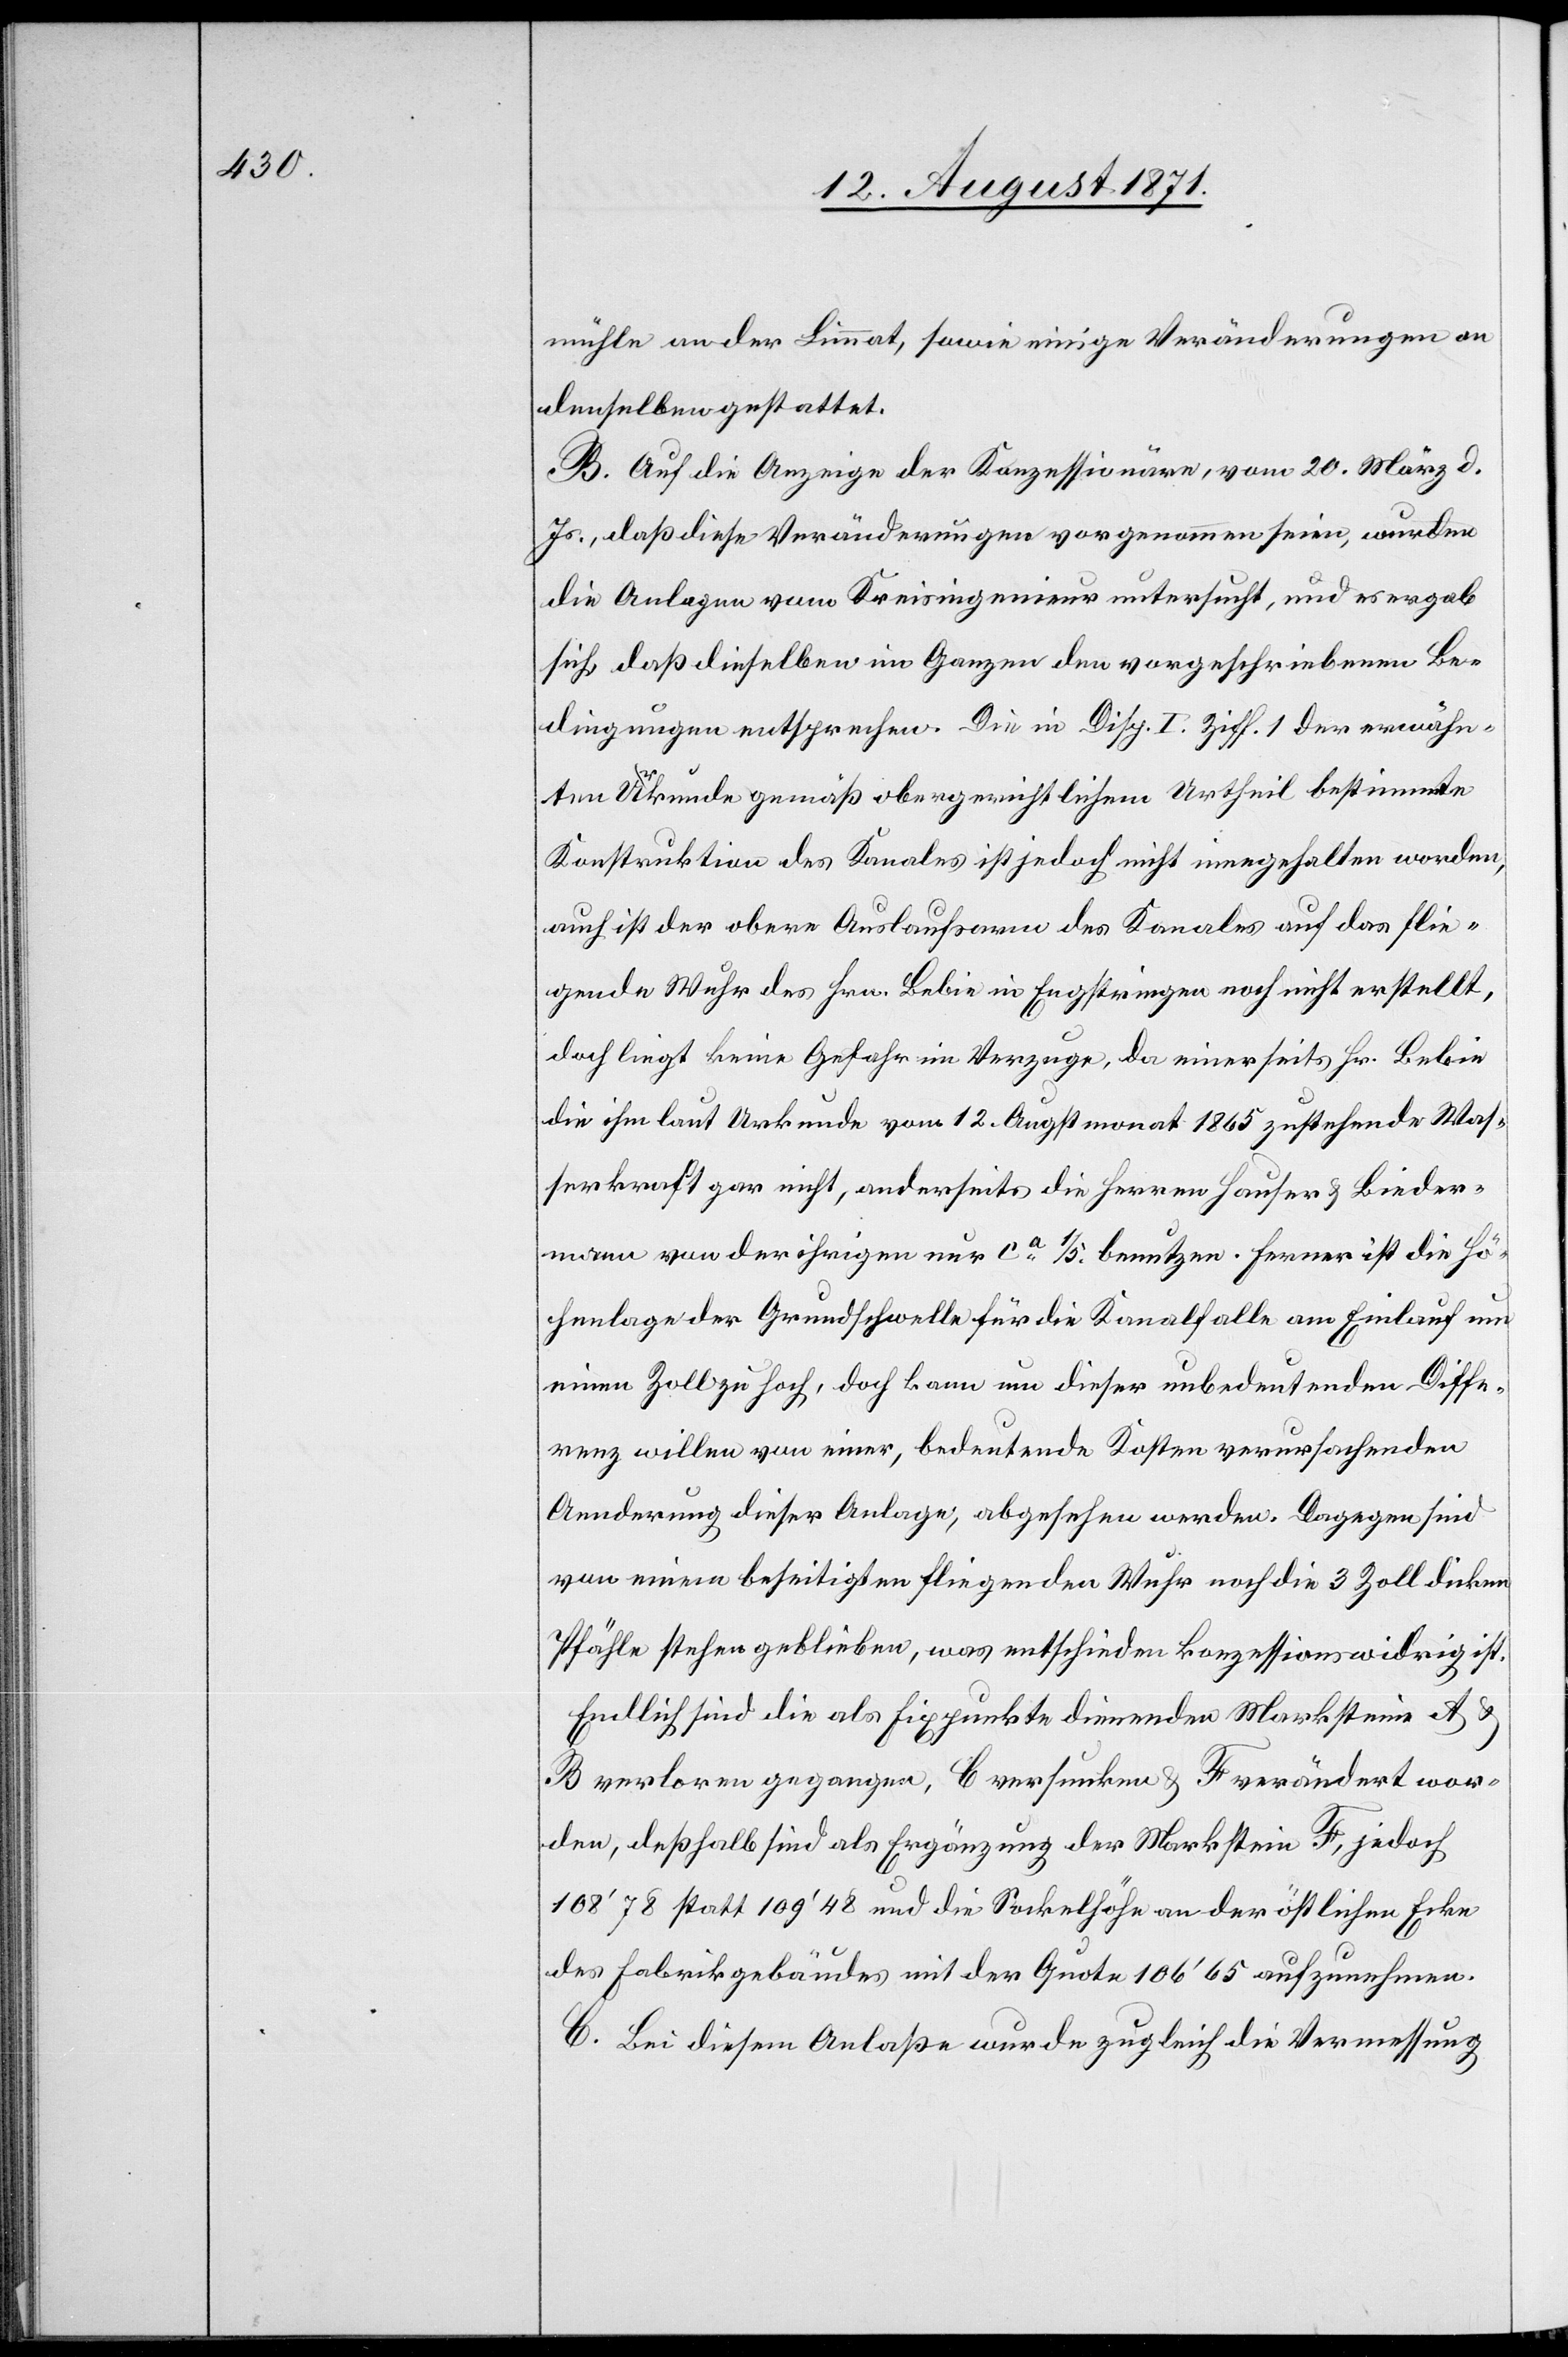
mühle an der Limmat, sowie einige Veränderungen an
denselben gestattet.
B. Auf die Anzeige der Konzessionäre, vom 20. März d.
Js., daß diese Veränderungen vorgenommen seien, wurde
die Anlage vom Kreisingenieur untersucht, und es ergab
sich, daß dieselben im Ganzen den vorgeschriebenen Be¬
dingungen entsprachen. Die in Disp. I Ziff. 1 der erwähn¬
ten Urkunde gemäß obergerichtlichem Antheil bestimmte
Konstruktion des Kanals ist jedoch nicht eingehalten worden,
auch ist der obere Auslaufsarm des Kanals auf das flie¬
gende Wuhr des Hrn. Bebin in Engstringen noch nicht erstellt,
doch liegt keine Gefahr im Verzuge, da einerseits Hr. Bebin
die ihm laut Urkunde vom 12. Augstmonat 1865 zustehende Was¬
serkraft gar nicht, andererseits die Herren Hauser & Bieder¬
mann von der ihrigen nur ca 1/5 benutzen. Ferner ist die Hö¬
henlage der Grundschwelle für die Kanalfalle am Einlauf um
einen Zoll zu hoch, doch kann um dieser unbedeutenden Diffe¬
renz willen von einer, bedeutende Kosten verursachenden
Aenderung dieser Anlage, abgesehen werden. Dagegen sind
von einer beseitigten fliegenden Wuhr noch die 3 Zoll dicken
Pfähle stehengeblieben, was entschieden konzessionswidrig ist.
Endlich sind die als Fixpunkte dienenden Marksteine A &
B verloren gegangen, C versunken & F verändert wor¬
den, deßhalb sind als Ergänzung der Markstein F, jedoch
108’78 statt 109’48 und die Sockelhöhe an der östlichen Ecke
des Fabrikgebäudes mit der Quote 108’65 aufzunehmen.
C. Bei diesem Anlaße wurde zugleich die Vermessung